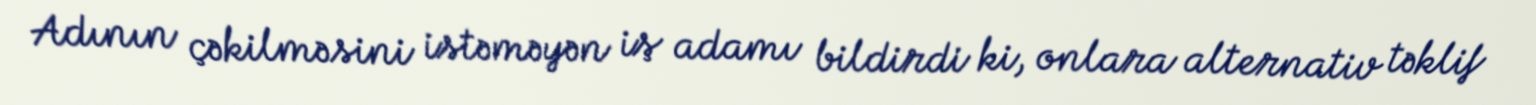
Adının çəkilməsini istəməyən iş adamı bildirdi ki, onlara alternativ təklif